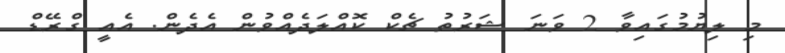
މި ލިޔުމުގައިވާ 2 ވަނަ ޝަރުތު ޗެކް ކޮއްލަދެއްވުން އެދެން. އެއީ ގްރޭޑް